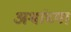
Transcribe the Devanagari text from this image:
अश्वांच्या